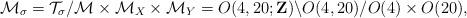
LaTeX: \begin{align*}{\cal M}_{\sigma} = {\cal T}_{\sigma} / {\cal M} \times {\cal M}_X \times {\cal M}_Y = O(4,20;{\bf Z}) \backslash O(4,20) / O(4) \times O(20), \end{align*}